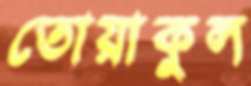
তোয়াকুল